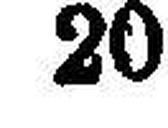
20